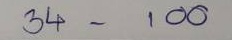
34 - 100